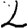
Digit: 2